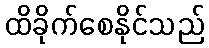
ထိခိုက်စေနိုင်သည်